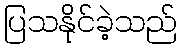
ပြသနိုင်ခဲ့သည်